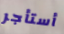
أستأجر